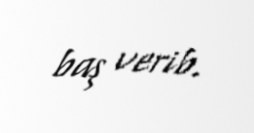
baş verib.